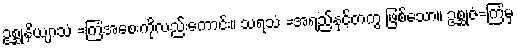
ဥစ္ဆုနိယျာသံ =ကြံအစေးကိုလည်းကောင်း။ သရသံ =အရည်နှင့်တကွ ဖြစ်သော။ ဥစ္ဆုဇံ=ကြံမှ